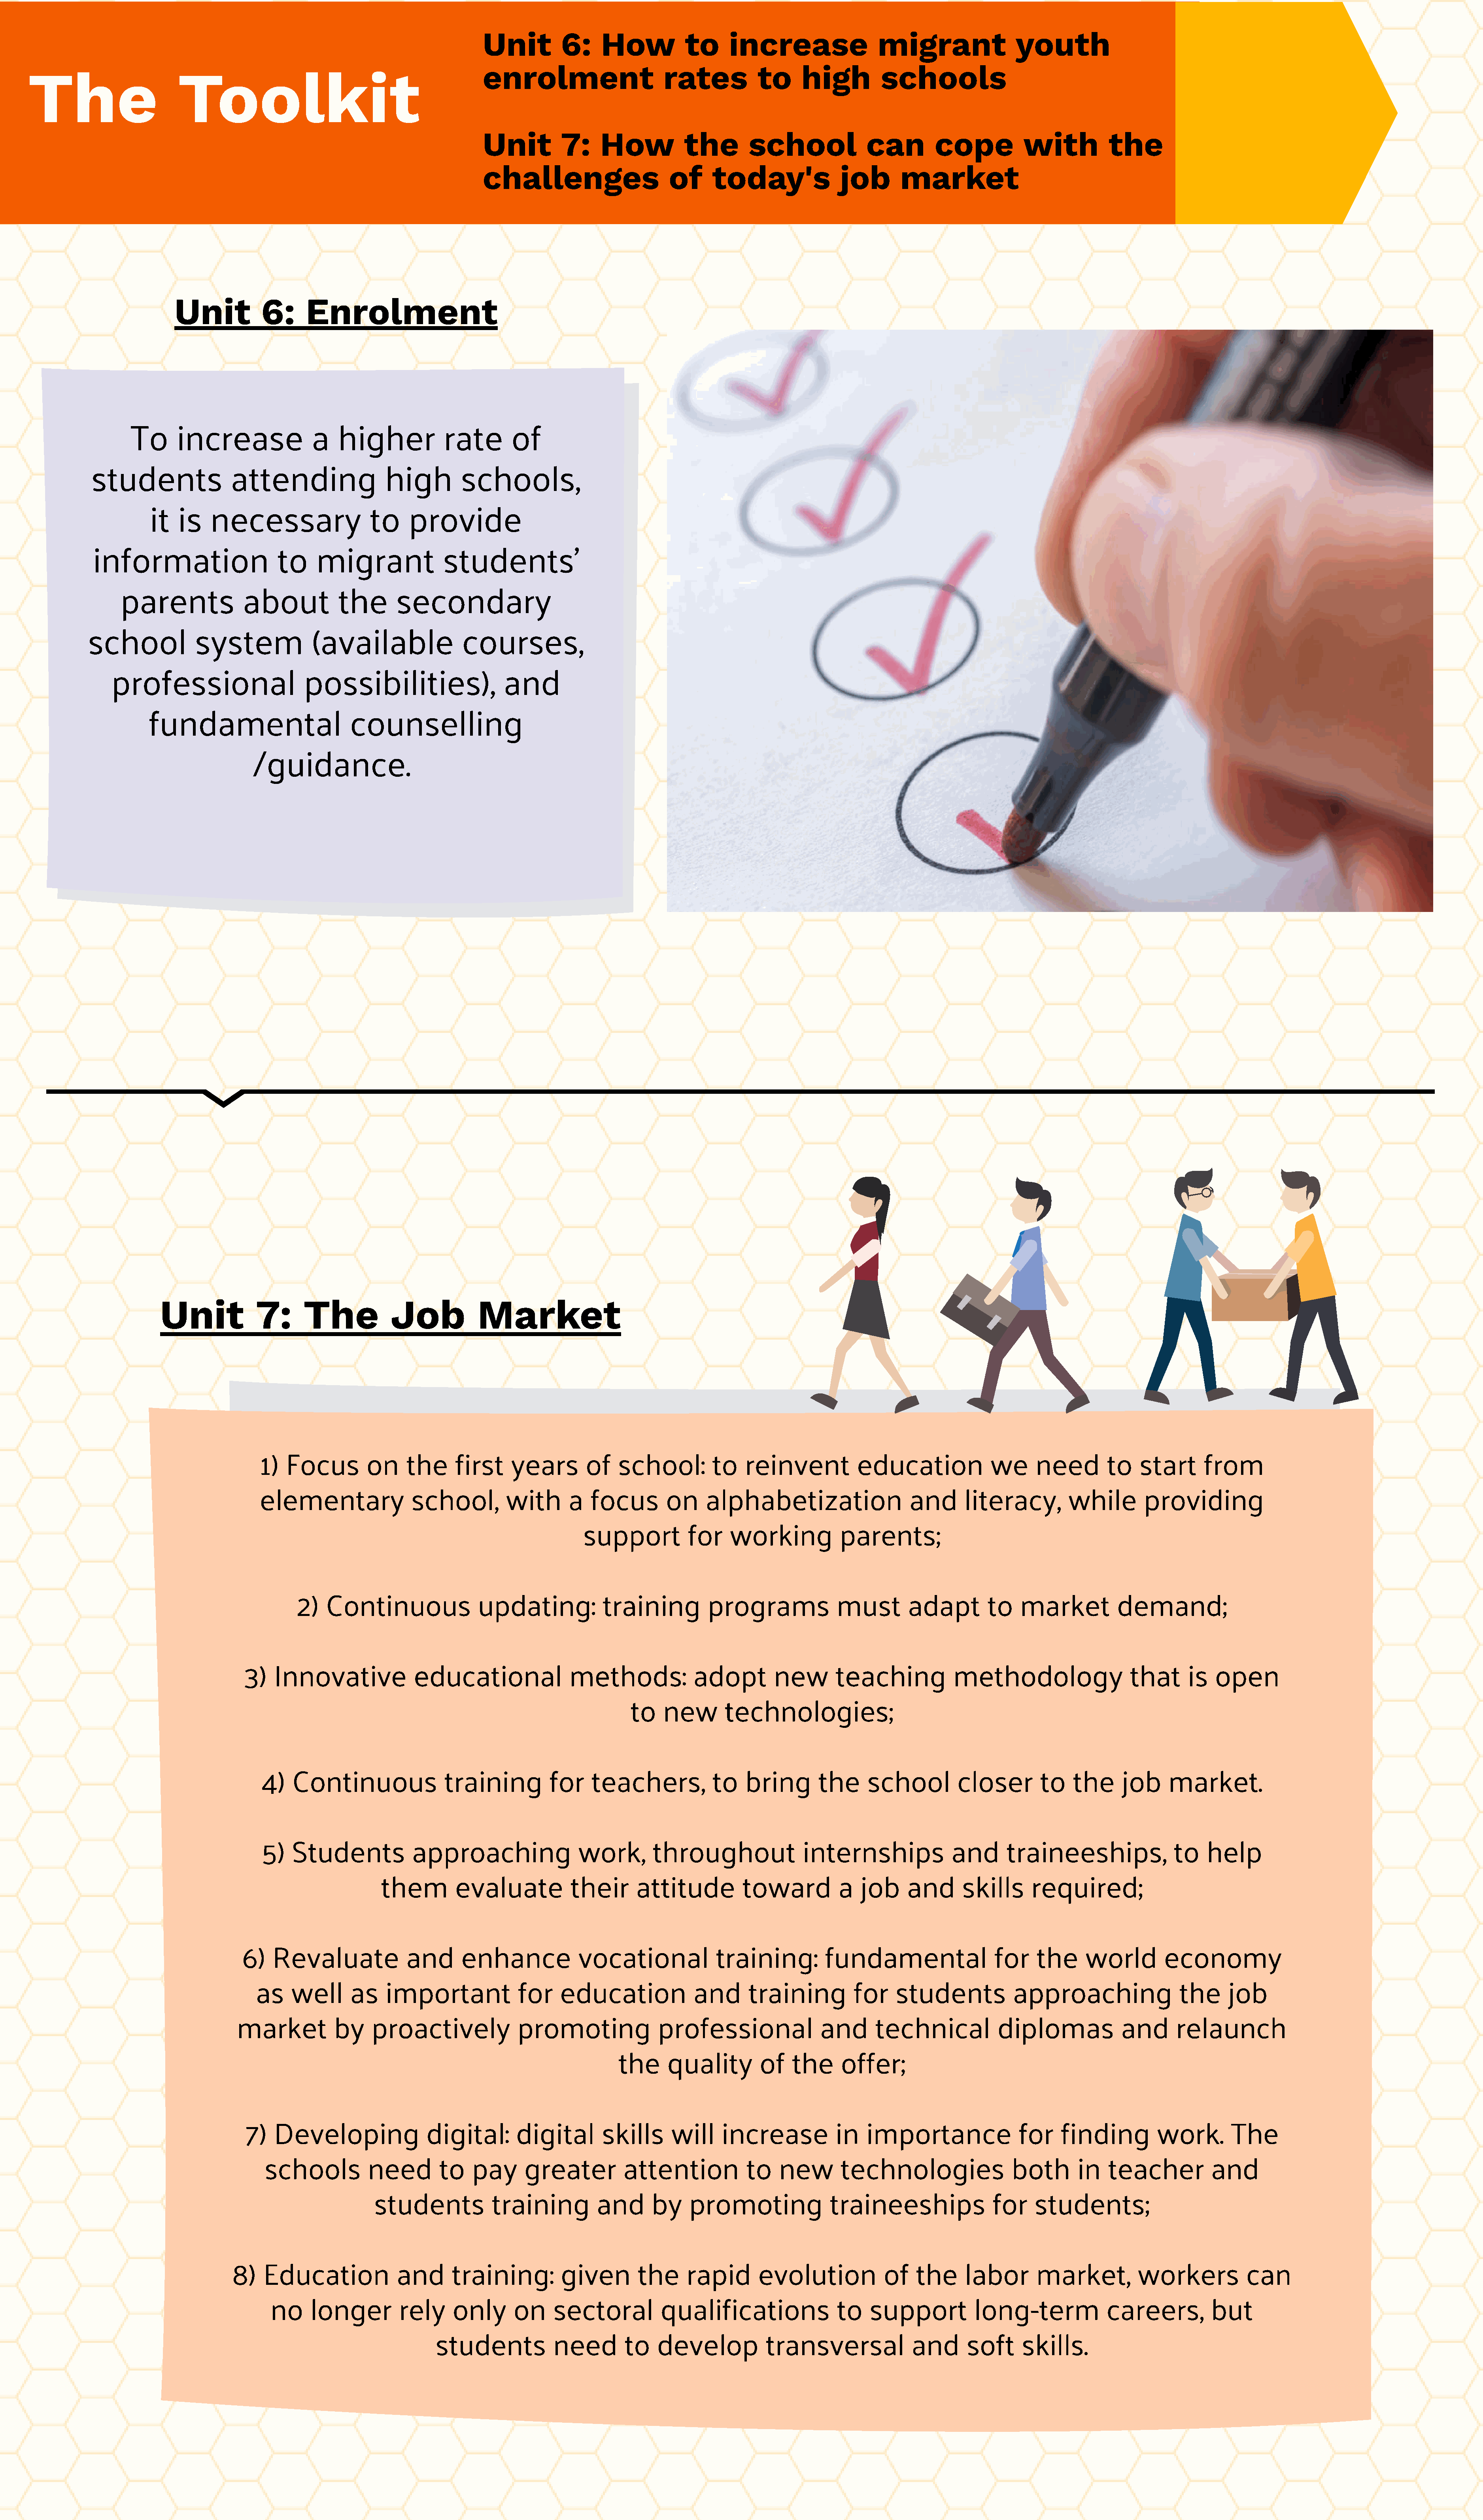
Unit         6:     How           to     increase                 migrant                youth
 The                      Toolkit
 enrolment                     rates           to     high         schools
 Unit         7:    How            the       school              can        cope           with           the
 challenges                     of     today's               job       market
 Unit           6:     Enrolment
 To      increase              a    higher           rate        of
 students                attending                high         schools,
 it   is   necessary                  to    provide
 information                   to     migrant              students’
 parents              about           the      secondary
 school            system             (available               courses,
 professional                    possibilities),                  and
 fundamental                       counselling
 /guidance.
 Unit            7:      The           Job            Market
 1)   Focus        on     the     first     years       of   school:         to    reinvent          education              we     need        to    start      from
 elementary                school,         with      a   focus       on     alphabetization                   and      literacy,         while        providing
 support          for    working            parents;
 2)   Continuous               updating:            training         programs              must        adapt        to    market          demand;
 3)   Innovative             educational               methods:             adopt         new       teaching            methodology                  that      is  open
 to   new       technologies;
 4)   Continuous               training          for    teachers,           to    bring       the     school         closer        to    the     job     market.
 5)   Students            approaching                 work,       throughout               internships              and      traineeships,                to   help
 them        evaluate           their      attitude          toward          a   job     and      skills      required;
 6)    Revaluate             and      enhance             vocational             training:         fundamental                 for     the     world        economy
 as    well      as    important             for    education             and      training          for    students            approaching                the      job
 market          by    proactively              promoting              professional               and       technical           diplomas             and      relaunch
 the     quality        of    the     offer;
 7)   Developing               digital:       digital        skills     will     increase           in   importance                for    finding         work.       The
 schools           need        to   pay      greater         attention            to   new        technologies                both       in   teacher           and
 students           training          and      by    promoting               traineeships               for    students;
 8)   Education             and       training:         given        the     rapid       evolution            of   the      labor      market,          workers            can
 no     longer         rely     only      on     sectoral          qualifications               to    support          long-term             careers,          but
 students            need        to   develop           transversal              and      soft     skills.